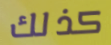
كذلك